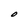
Character: O